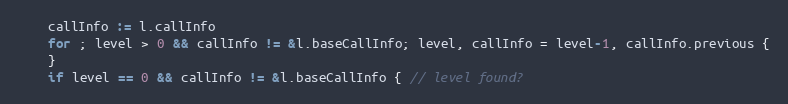
Language: Go
	callInfo := l.callInfo
	for ; level > 0 && callInfo != &l.baseCallInfo; level, callInfo = level-1, callInfo.previous {
	}
	if level == 0 && callInfo != &l.baseCallInfo { // level found?